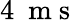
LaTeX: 4~\mathrm{~m~s~}